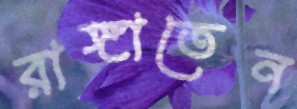
রাঙ্গাতেন